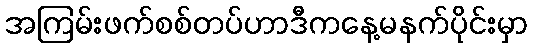
အကြမ်းဖက်စစ်တပ်ဟာဒီကနေ့မနက်ပိုင်းမှာ